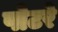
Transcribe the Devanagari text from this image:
पोटरे